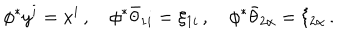
LaTeX: \phi ^ { * } y ^ { i } = x ^ { i } \, , \quad \phi ^ { * } { \bar { \theta } } _ { 1 i } = \xi _ { 1 i } \, , \quad \phi ^ { * } { \bar { \theta } } _ { 2 \alpha } = \xi _ { 2 \alpha } \, .